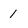
Character: 1